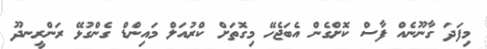
މިފަދަ ގާނޫނެއް ފާސް ކޮށްގެން އެބަޖެހޭ މިގޮތަށް ކްރުއަލް މައިންޑް ގެންގުޅޭ ރަންރީނދޫ